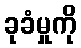
ခုခံမှုကို